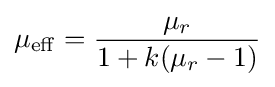
\mu _{\mathrm {eff} }={\frac {\mu _{r}}{1+k(\mu _{r}-1)}}